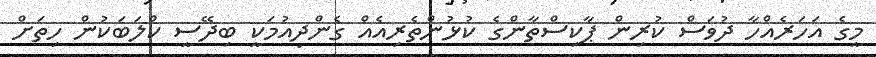
މީގެ އަހަރެއްހާ ދުވަސް ކުރިން ޕާކިސްތާންގެ ކުޅުންތެރިއެއް ގެންދިއުމަކީ ބިދޭސީ ކްލަބަކުން ހިތަށް